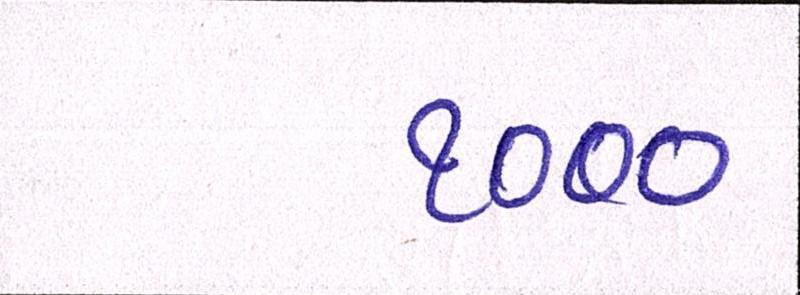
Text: ૧૦૦૦